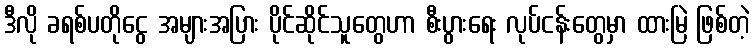
ဒီလို ခရစ်ပတိုငွေ အများအပြား ပိုင်ဆိုင်သူတွေဟာ စီးပွားရေး လုပ်ငန်းတွေမှာ ထားမြဲ ဖြစ်တဲ့